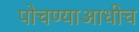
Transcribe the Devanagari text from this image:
पोचण्याआधीच